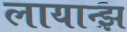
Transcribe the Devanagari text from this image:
लायान्झ